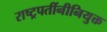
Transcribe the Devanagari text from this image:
राष्ट्रपतींनीनियुक्त